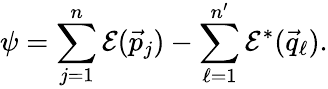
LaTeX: \psi=\sum_{j=1}^{n}{\cal E}(\vec{p}_{j})-\sum_{\ell=1}^{n^{\prime}}{\cal E}^{*}(\vec{q}_{\ell}).